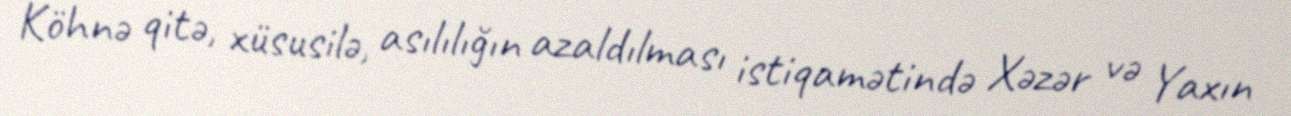
Köhnə qitə, xüsusilə, asılılığın azaldılması istiqamətində Xəzər və Yaxın